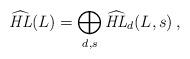
LaTeX: \begin{align*}\widehat{\mathit{HL}}(L)= \bigoplus_{d,s} \widehat{\mathit{HL}}_d(L,s)\,,\end{align*}